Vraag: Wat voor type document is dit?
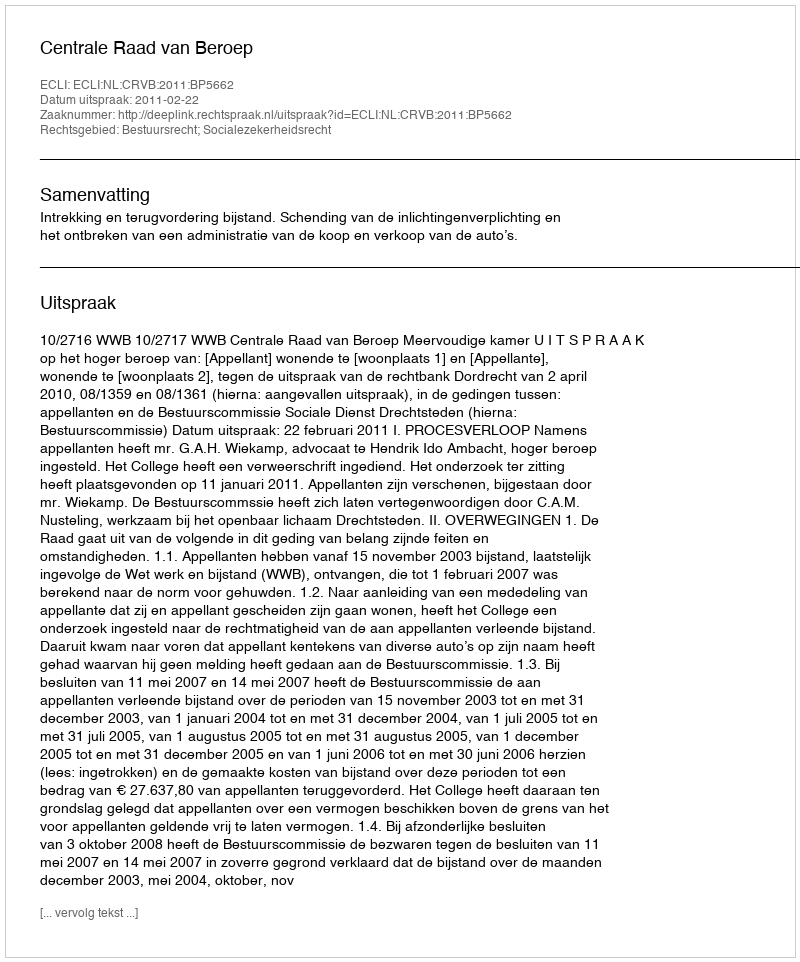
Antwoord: Uitspraak